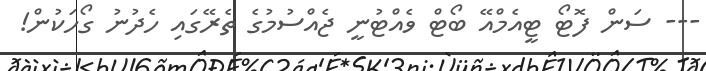
--- ސަން ފޮޓޯ ޓީއެމްއޭ ބޯޓް ވެއްޓުނީ ޖެއްސުމުގެ ތެރޭގައި ހެދުނު ގޯހަކުން!